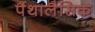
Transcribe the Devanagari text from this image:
पैंथालैसिक